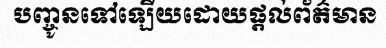
បញ្ចូនទៅឡើយដោយផ្តល់ព័ត៌មាន